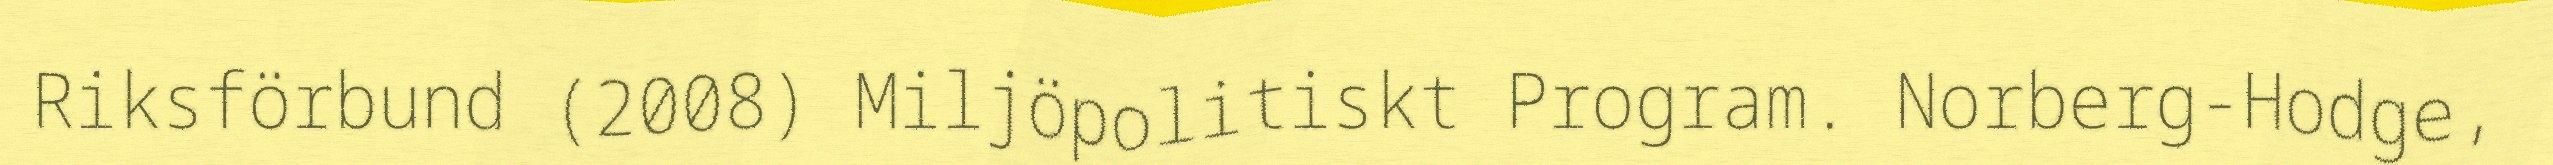
Riksförbund (2008) Miljöpolitiskt Program. Norberg-Hodge,